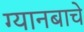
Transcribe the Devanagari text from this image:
ग्यानबाचे